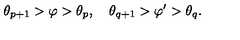
\theta _ { p + 1 } > \varphi > \theta _ { p } , \quad \theta _ { q + 1 } > \varphi ^ { \prime } > \theta _ { q } .